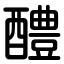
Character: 醴